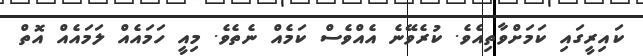
ކައިރީގައި ކަމަށްވާތިއެވެ. ކުރެވޭނެ އެއްވެސް ކަމެއް ނެތެވެ. މިއީ ހަމައެއް ލަމައެއް އޮތް